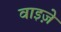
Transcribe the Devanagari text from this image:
वाइज़े